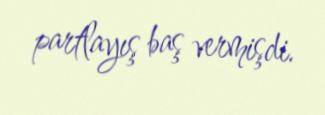
partlayış baş vermişdi.